Annual report of the Central Committee of the Association together with the report of the directors of the Pasteur Institute at Kasauli
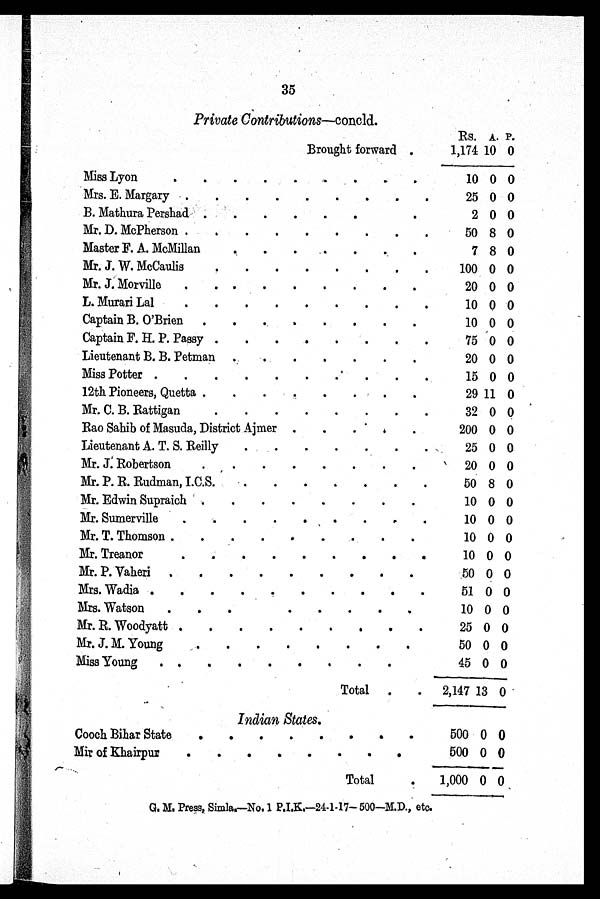
35
Contribution s—concld.
Rs. A. P.
Brought forward .
1,174 10 0
Miss Lyon
.
.
.
.
.
.
.
10 0 0
Mrs. E. Margary .
.
.
.
.
.
.
.
.
25 0 0
B. Mathura Pershad .
.
.
.
.
.
.
2 0 0
Mr. D. McPherson .
.
.
.
.
.
.
.
.
50 8 0
Master F. A. McMillan
,
.
.
..
.
.
7 8 0
Mr. J. W. McCaulis
. . . . . . .
100 0 0
Mr. J. Morville
.
.
.
.
.
.
.
.
.
20 0 0
L. Murari Lal
.
.
.
.
.
.
.
.
.
10 0 0
Captain B. O'Brien .
.
10 0 0
Captain F. H. P. Passy .
.
.
.
.
.
.
.
75 0 0
Lieutenant B. B. Petman .
.
.
.
.
.
20 0 0
Miss Potter .
.
.
.
.
.
'
.
.
15 0 0
12th Pioneers, Quetta .
.
.
.
.
.
.
29 11 0
Mr. C. B. Rattigan
.
.
.
.
.
.
.
.
32 0 0
Rao Sahib of Masuda, District Ajmer .
.
. ' .
.
200 0 0
Lieutenant A. T. S. Reilly
.
.
.
.
.
.
25 0 0
.
Mr. J. Robertson
.
.
.
.
.
.
.
.
'
20 0 0
Mr. P. R. Rudman, I.C.S.
.
.
.
.
.
.
.
50 8 0
Mr. Edwin Supraich
.
.
.
.
.
.
.
10 0 0
Mr. Sumerville
.
.
.
.
.
.
.
.
10 0 0
Mr. T. Thomson .
.
.
.
.
.
.
.
10 0 0
Mr. Treanor
10 0 0
Mr. P. Vaheri
.
.
.
.
.
.
.
.
.
50 0 0
Mrs. Wadia .
.
.
.
.
.
.
.
.
.
51 0 0
Mrs. Watson
.
.
.
10 0 0
Mr. R. Woodyatt .
.
.
.
.
.
.
.
.
25 0 0
Mr. J. M. Young
50 0 0
Miss Young
. .
.
.
.
.
.
.
.
45 0 0
Total .
.
2,147 13 0
Indian States.
Cooch Bihar State
.
.
.
.
.
.
.
.
500 0 0
Mir of Khairpur
.
.
.
.
.
.
.
.
500 0 0
Total
.
1,000 0 0
G. M. Press, Simla.—No. 1 P.I.K.—24-1-17 — 500—M.D., etc.